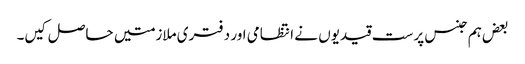
بعض ہم جنس پرست قیدیوں نے انتظامی اور دفتری ملازمتیں حاصل کیں۔